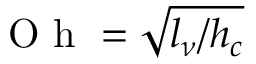
\mathrm { ~ O ~ h ~ } = \sqrt { l _ { \nu } / h _ { c } }